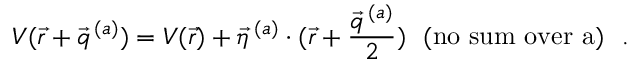
V ( \vec { r } + \vec { q } ^ { \, ( a ) } ) = V ( \vec { r } ) + \vec { \eta } ^ { \, ( a ) } \cdot ( \vec { r } + \frac { \vec { q } ^ { \, ( a ) } } { 2 } ) ~ ~ ( \mathrm { n o ~ s u m ~ o v e r ~ \mit a ) ~ ~ . }